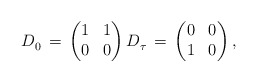
\begin{align*} D^{}_{0} \, = \, \begin{pmatrix} 1 & 1 \\ 0 & 0 \end{pmatrix} D^{}_{\tau} \, = \, \begin{pmatrix} 0 & 0 \\ 1 & 0 \end{pmatrix} ,\end{align*}